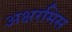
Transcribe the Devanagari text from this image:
अक्षरमिस